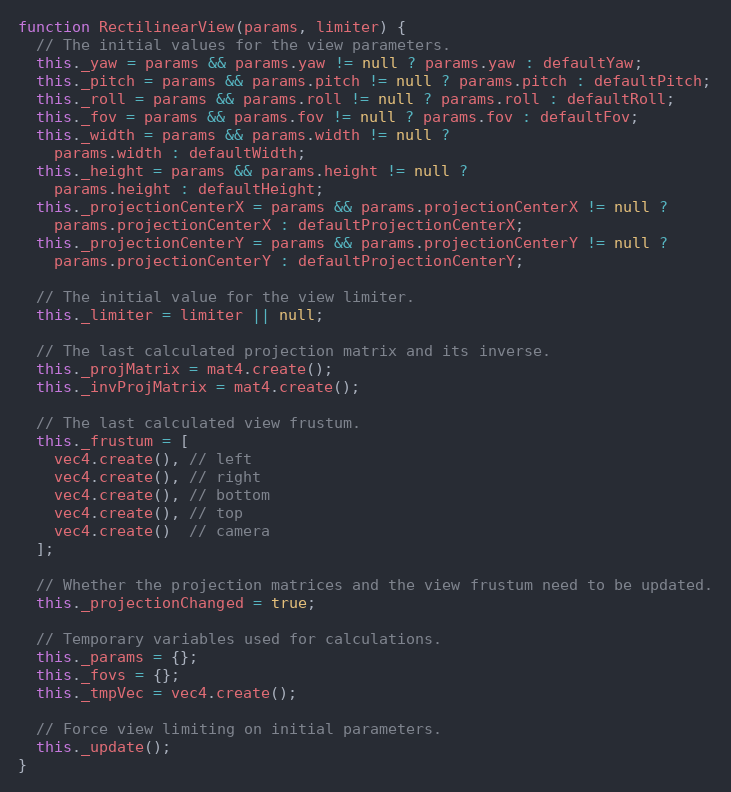
Language: JavaScript
function RectilinearView(params, limiter) {
  // The initial values for the view parameters.
  this._yaw = params && params.yaw != null ? params.yaw : defaultYaw;
  this._pitch = params && params.pitch != null ? params.pitch : defaultPitch;
  this._roll = params && params.roll != null ? params.roll : defaultRoll;
  this._fov = params && params.fov != null ? params.fov : defaultFov;
  this._width = params && params.width != null ?
    params.width : defaultWidth;
  this._height = params && params.height != null ?
    params.height : defaultHeight;
  this._projectionCenterX = params && params.projectionCenterX != null ?
    params.projectionCenterX : defaultProjectionCenterX;
  this._projectionCenterY = params && params.projectionCenterY != null ?
    params.projectionCenterY : defaultProjectionCenterY;

  // The initial value for the view limiter.
  this._limiter = limiter || null;

  // The last calculated projection matrix and its inverse.
  this._projMatrix = mat4.create();
  this._invProjMatrix = mat4.create();

  // The last calculated view frustum.
  this._frustum = [
    vec4.create(), // left
    vec4.create(), // right
    vec4.create(), // bottom
    vec4.create(), // top
    vec4.create()  // camera
  ];

  // Whether the projection matrices and the view frustum need to be updated.
  this._projectionChanged = true;

  // Temporary variables used for calculations.
  this._params = {};
  this._fovs = {};
  this._tmpVec = vec4.create();

  // Force view limiting on initial parameters.
  this._update();
}